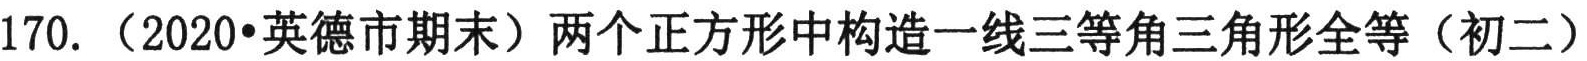
170. （2020•英德市期末）两个正方形中构造一线三等角三角形全等（初二）